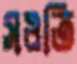
সওতি